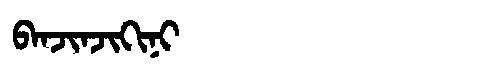
Manchu: ᠪᠠᠨᠵᡳᠨᠵᡳᡴᡳᠨᡳ
Romanization: BANJINJIKINI